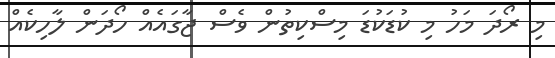
މި ރޯދަ މަހު މި ކުޑަކުޑަ މިސްކިތުން ވެސް ޖާގައެއް ހޯދަން ލާހިކެއް